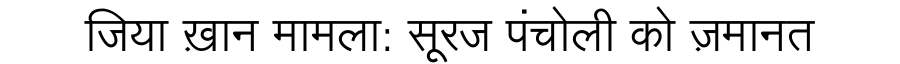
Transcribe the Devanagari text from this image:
जिया ख़ान मामला: सूरज पंचोली को ज़मानत